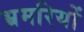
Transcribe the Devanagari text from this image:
भ्रमरियों